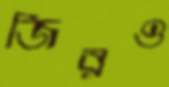
জিরও